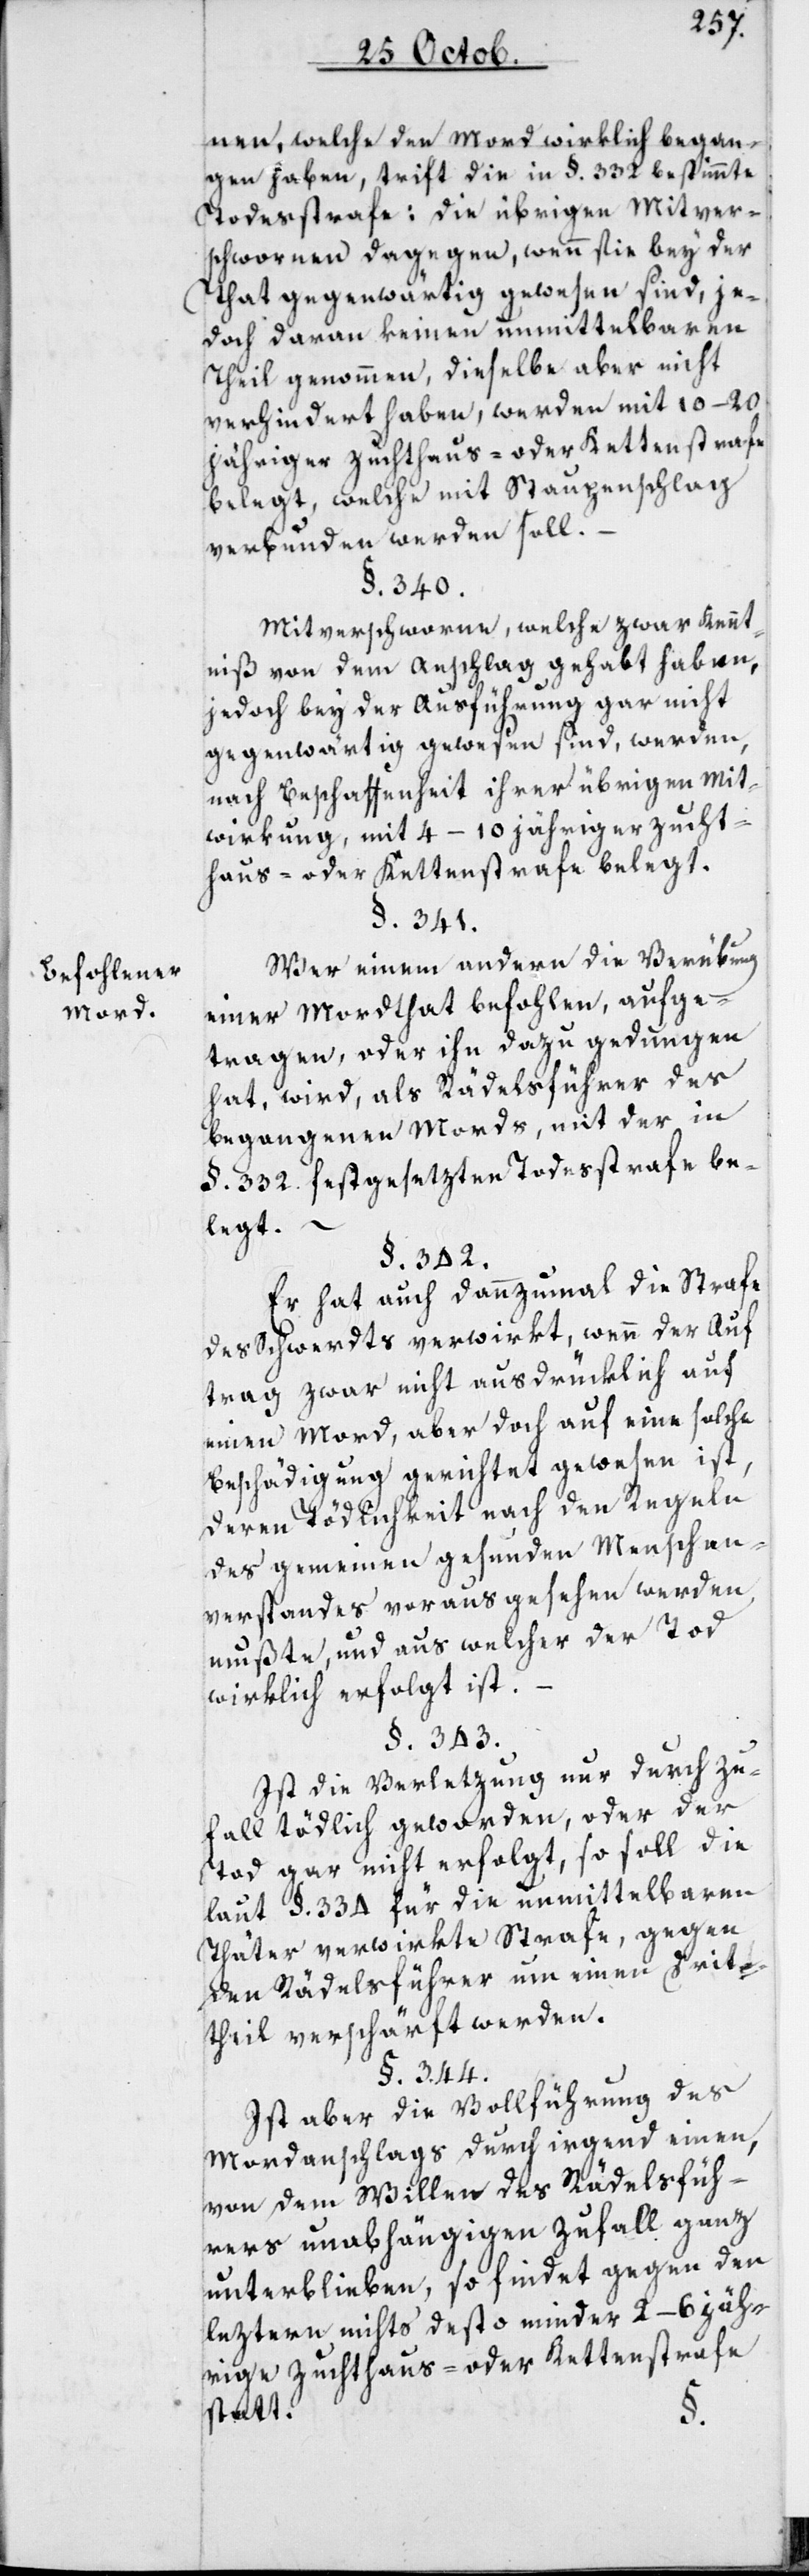
Befohlener
Mord.

nen, welche den Mord wirklich began¬
gen haben, trift die in §. 332 bestimmte
Todesstrafe; die übrigen Mitver¬
schwornen dagegen, wenn sie bey der
That gegenwärtig gewesen sind, je¬
doch daran keinen unmittelbaren
Theil genommen, dieselbe aber nicht
verhindert haben, werden mit 10–20
jähriger Zuchthaus- oder Kettenstrafe
belegt, welche mit Staupenschlag
verbunden werden soll.
§. 340.
Mitverschworne, welche zwar Kennt¬
niß von dem Anschlag gehabt haben,
jedoch bey der Ausführung gar nicht
gegenwärtig gewesen sind, werden
nach Beschaffenheit ihrer übrigen Mit¬
wirkung, mit 4–10jähriger Zucht¬
haus- oder Kettenstrafe belegt.
§. 341.
Wer einem andern die Verübung
einer Mordthat befohlen, aufge¬
tragen, oder ihn dazu gedungen
hat, wird, als Rädelsführer des
begangenen Mords, mit der in
§. 332. festgesetzten Todesstrafe be¬
legt.
§. 342.
Er hat auch dannzumal die Strafe
des Schwerdts verwirkt, wenn der Auf¬
trag zwar nicht ausdrücklich auf
einen Mord, aber doch auf eine solche
Beschädigung gerichtet gewesen ist,
deren Tödlichkeit nach den Regeln
des gemeinen gesunden Menschen¬
verstandes voraus gesehen werden
mußte, und aus welcher der Tod
wirklich erfolgt ist.
§. 343.
Ist die Verletzung nur durch Zu¬
fall tödlich geworden, oder der
Tod gar nicht erfolgt, so soll die
laut §. 334 für die unmittelbaren
Thäter verwirkte Strafe, gegen
den Rädelsführer um einen Drit¬
theil verschärft werden.
§. 344.
Ist aber die Vollführung des
Mordanschlags durch irgend einen,
von dem Willen des Rädelsfüh¬
rers unabhängigen Zufall ganz
unterblieben, so findet gegen den
leztern nichts desto minder 2–6 jäh¬
rige Zuchthaus- oder Kettenstrafe
statt.